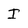
Character: I